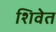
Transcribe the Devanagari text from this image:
शिवेत